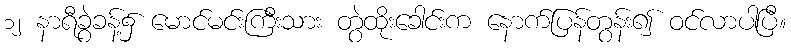
၁၂ နာရီခွဲခန့်၌ မောင်မင်းကြီးသား တွဲထိုးခေါင်းက နောက်ပြန်တွန်း၍ ဝင်လာပါပြီ။